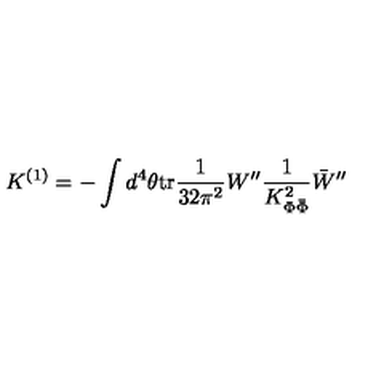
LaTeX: K ^ { ( 1 ) } = - \int d ^ { 4 } \theta \mathrm { t r } \frac { 1 } { 3 2 \pi ^ { 2 } } W ^ { \prime \prime } \frac { 1 } { K _ { \Phi \bar { \Phi } } ^ { 2 } } \bar { W } ^ { \prime \prime }